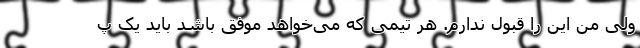
ولی من این را قبول ندارم. هر تیمی که می‌خواهد موفق باشد باید یک پ